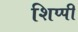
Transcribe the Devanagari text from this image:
शिप्पी